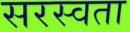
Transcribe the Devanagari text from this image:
सरस्वता